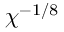
\chi ^ { - 1 / 8 }